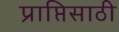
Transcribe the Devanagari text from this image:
प्राप्तिसाठी